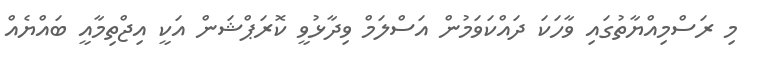
މި ރަސްމިއްޔާތުގައި ވާހަކަ ދައްކަވަމުން އަސްލަމް ވިދާޅުވީ ކޮރަޕްޝަން އަކީ އިޖްތިމާއީ ބައްޔެއް